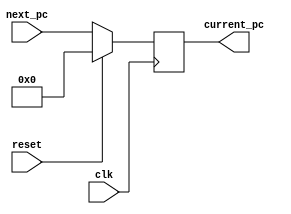
module PC(
    input reset,       // input (Use reset to initialize PC. Initial value must be 0)
    input clk,         // input
    input [31:0] next_pc,     // input
    output reg [31:0] current_pc   // output
  );


always @(posedge clk)begin
    if(reset)begin
        current_pc<=0;
    end
    else begin
        current_pc<=next_pc;
    end
end


endmodule